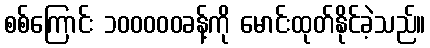
စစ်ကြောင်း ၁၀၀၀၀၀ခန့်ကို မောင်းထုတ်နိုင်ခဲ့သည်။